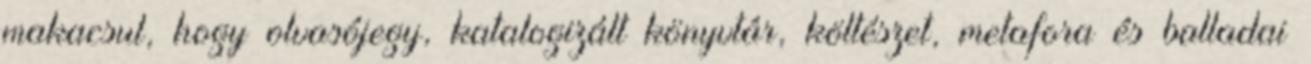
makacsul, hogy olvasójegy, katalogizált könyvtár, költészet, metafora és balladai